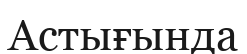
Астығында